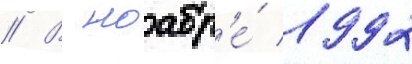
// В ноабр'е́ 1992